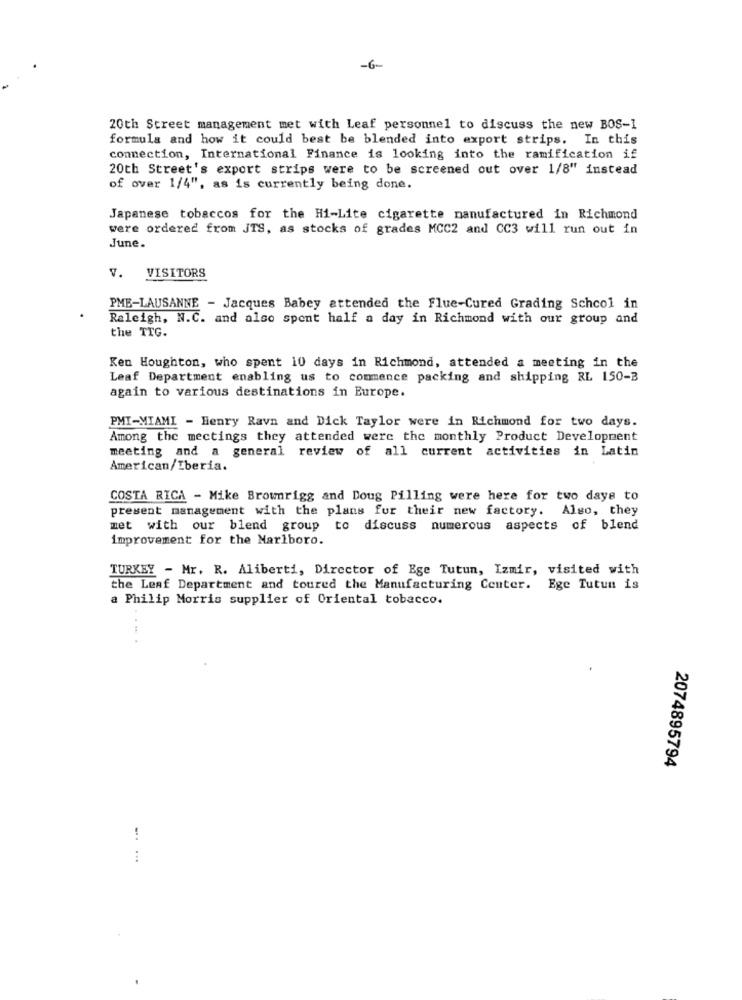
-6-
20th Street management met with Leaf personnel to discuss the new BOS-1
formula and how it could best be blended into export strips. In this
connection, International Finance is looking into the ramification if
20th Street's export strips were to be screened out over 1/8" instead
of over 1/4", as is currently being done.
Japanese tobaccos for the Hi-Lite cigarette manufactured in Richmond
were ordered from JTS, as stocks of grades MCC2 and CC3 will run out in
June.
V. VISITORS
PME-LAUSANNE - Jacques Babey attended the Flue-Cured Grading School in
Raleigh, N.C. and also spent half a day in Richmond with our group and
the TTG.
Ken Houghton, who spent 10 days in Richmond, attended a meeting in the
Leaf Department enabling us to commence packing and shipping RL 150-3
again to various destinations in Europe.
PMI-MIAMI - Henry Ravn and Dick Taylor were in Richmond for two days.
Among the mectings they attended were the monthly Product Development
meeting and a general review of all current activities in Latin
American/Iberia.
COSTA RICA - Mike Brownrigg and Doug Pilling were here for two days to
present management with the plans for their new factory. Also, they
met with our blend group to discuss numerous aspects of blend
improvement for the Marlboro.
TURKEY - Mr. R. Aliberti, Director of Ege Tutun, Izmir, visited with
the Leaf Department and toured the Manufacturing Center. Ege Tutun is
a Philip Morris supplier of Oriental tobacco.
2074895794
...